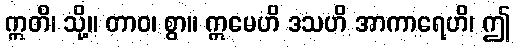
ဣတိ၊ သို့။ တာဝ၊ စွာ။ ဣမေဟိ ဒသဟိ အာကာရေဟိ၊ ဤ